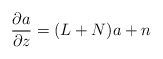
\begin{align*} \frac{\partial a}{\partial z} & = (L+N)a + n \end{align*}